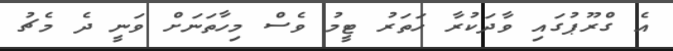
އެ ގްރޫޕުގައި ވާދަކުރާ ހަތަރު ޓީމު ވެސް މިހާތަނަށް ވަނީ ދެ މެޗު